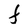
Character: F